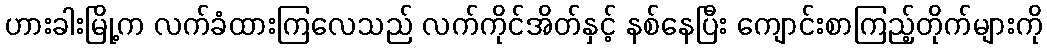
ဟားခါးမြို့က လက်ခံထားကြလေသည် လက်ကိုင်အိတ်နှင့် နစ်နေပြီး ကျောင်းစာကြည့်တိုက်များကို